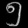
Digit: ၅